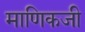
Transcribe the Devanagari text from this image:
माणिकजी